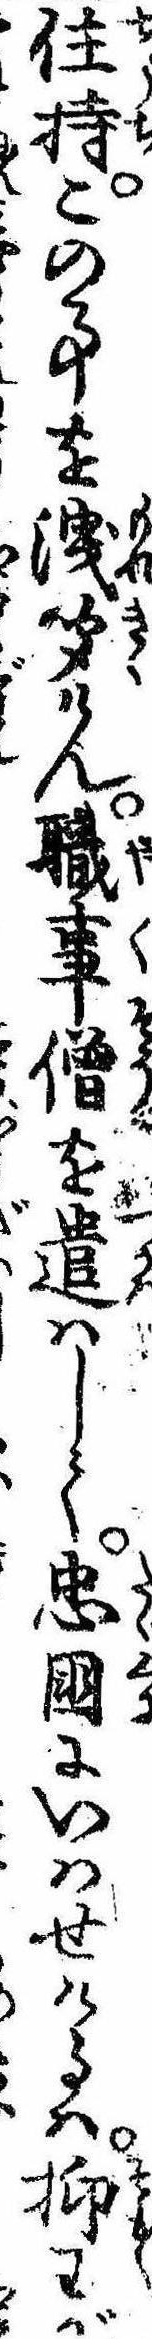
住持この事を洩聞けん職事僧を遣はして忠国にいはせけるは抑わが